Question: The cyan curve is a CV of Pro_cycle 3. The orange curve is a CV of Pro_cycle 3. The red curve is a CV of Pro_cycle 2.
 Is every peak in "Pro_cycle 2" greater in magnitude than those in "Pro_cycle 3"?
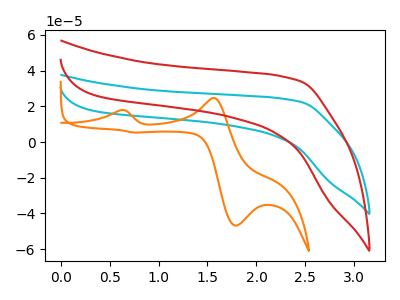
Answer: <think>The cyan curve "Pro_cycle 3" has no peaks. The orange curve "Pro_cycle 3" has anodic peaks at (0.60V, 17.85uA) (1.55V, 24.65uA) and cathodic peaks at (1.80V, -46.80uA) (0.75V, 5.30uA). The red curve "Pro_cycle 2" has no peaks.</think>
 <answer>Niether CV has any peaks.</answer>
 <eval>blanks</eval>